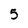
Character: 5